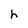
Character: h